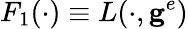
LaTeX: F_{1}(\cdot)\equiv L(\cdot,\mathbf{g}^{e})